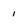
Character: i